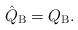
\begin{align*}\hat Q_{\rm B} = Q_{\rm B}. \end{align*}